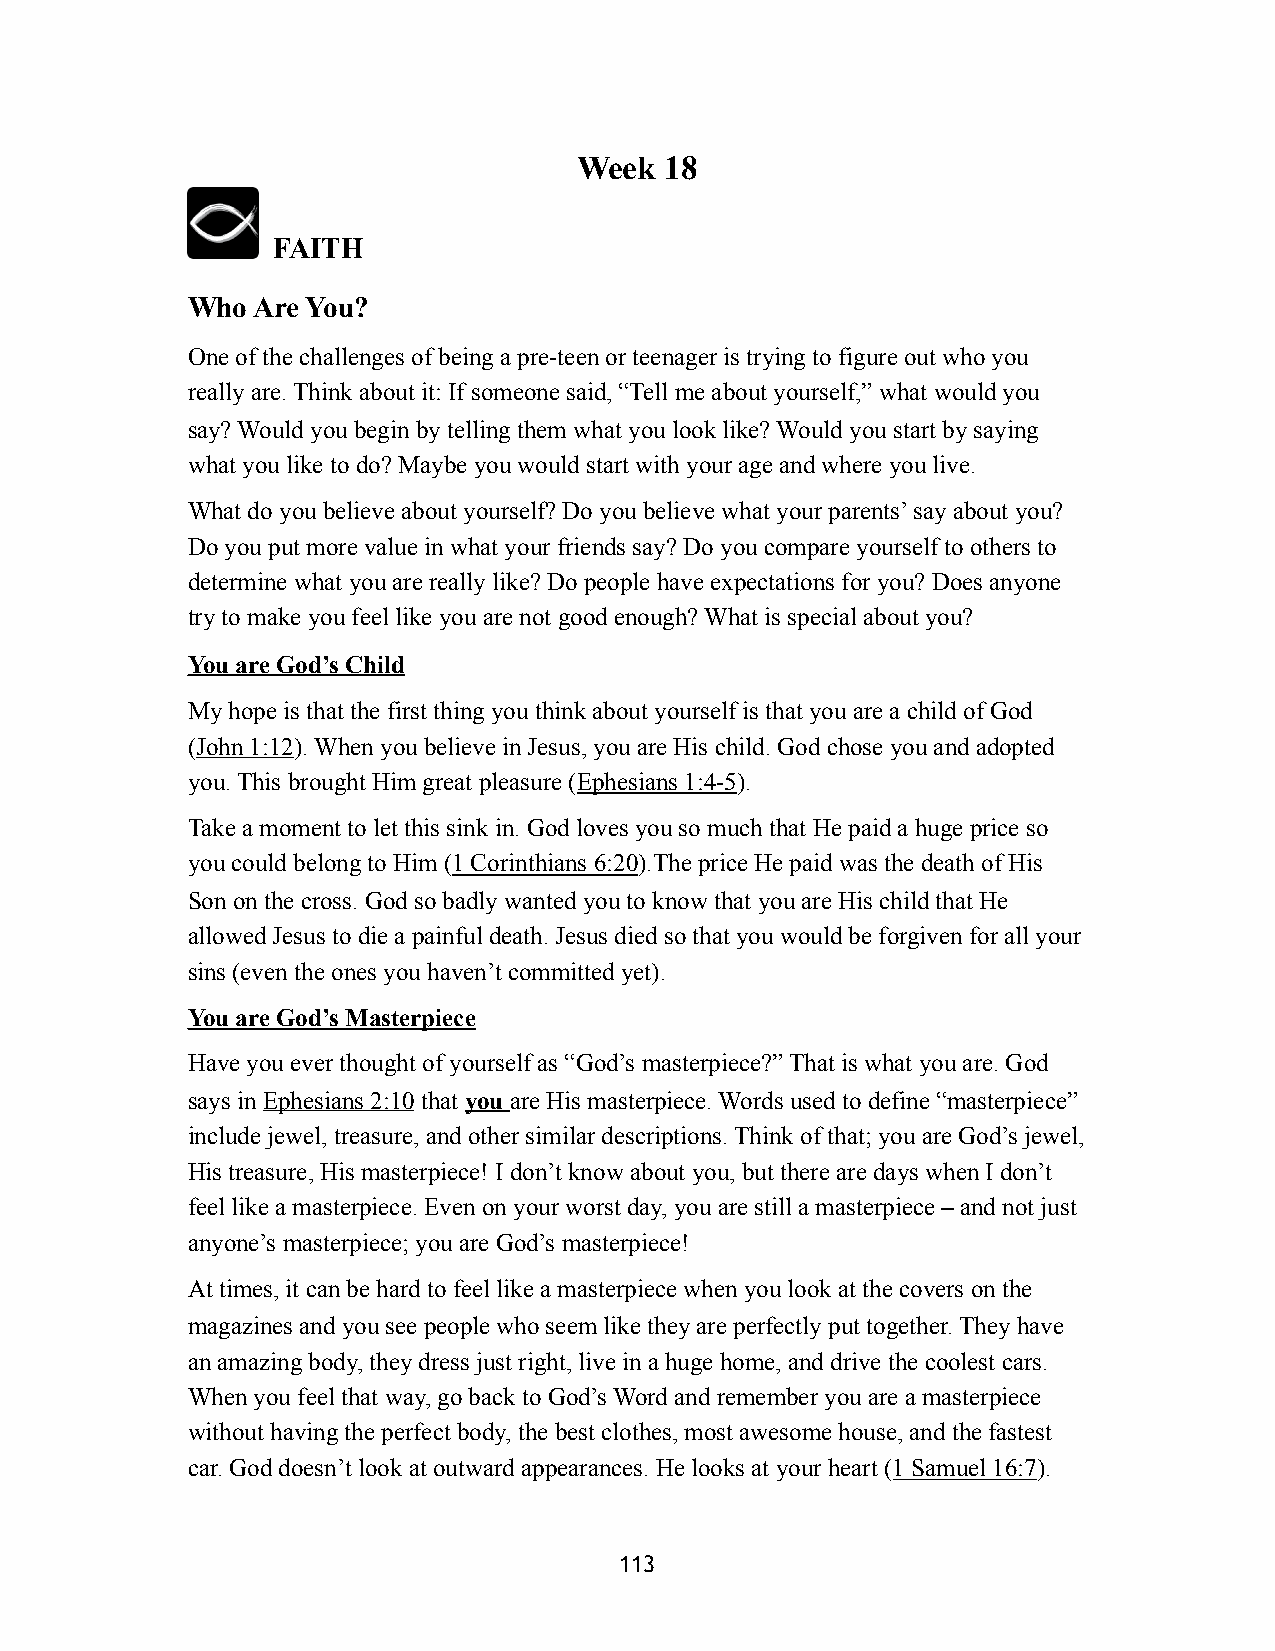
Week  18
 FAITH
 Who  Are You?
 One of the challenges of being a pre-teen or teenager is trying to figure out who you
 really are. Think about it: If someone said, “Tell me about yourself,” what would you
 say? Would you begin by telling them what you look like? Would you start by saying
 what you like to do? Maybe you would start with your age and where you live.
 What do you believe about yourself? Do you believe what your parents’ say about you?
 Do you put more value in what your friends say? Do you compare yourself to others to
 determine what you are really like? Do people have expectations for you? Does anyone
 try to make you feel like you are not good enough? What is special about you?
 You are God’s Child
 My hope is that the first thing you think about yourself is that you are a child of God
 (John 1:12). When you believe in Jesus, you are His child. God chose you and adopted
 you. This brought Him great pleasure (Ephesians 1:4-5).
 Take a moment to let this sink in. God loves you so much that He paid a huge price so
 you could belong to Him (1 Corinthians 6:20).The price He paid was the death of His
 Son on the cross. God so badly wanted you to know that you are His child that He
 allowed Jesus to die a painful death. Jesus died so that you would be forgiven for all your
 sins (even the ones you haven’t committed yet).
 You are God’s Masterpiece
 Have you ever thought of yourself as “God’s masterpiece?” That is what you are. God
 says in Ephesians 2:10 that you are His masterpiece. Words used to define “masterpiece”
 include jewel, treasure, and other similar descriptions. Think of that; you are God’s jewel,
 His treasure, His masterpiece! I don’t know about you, but there are days when I don’t
 feel like a masterpiece. Even on your worst day, you are still a masterpiece – and not just
 anyone’s masterpiece; you are God’s masterpiece!
 At times, it can be hard to feel like a masterpiece when you look at the covers on the
 magazines and you see people who seem like they are perfectly put together. They have
 an amazing body, they dress just right, live in a huge home, and drive the coolest cars.
 When you feel that way, go back to God’s Word and remember you are a masterpiece
 without having the perfect body, the best clothes, most awesome house, and the fastest
 car. God doesn’t look at outward appearances. He looks at your heart (1 Samuel 16:7).
 113